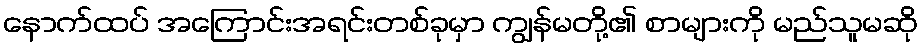
နောက်ထပ် အကြောင်းအရင်းတစ်ခုမှာ ကျွန်မတို့၏ စာများကို မည်သူမဆို